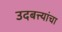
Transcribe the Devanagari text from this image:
उदबत्त्यांचा